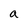
Character: a